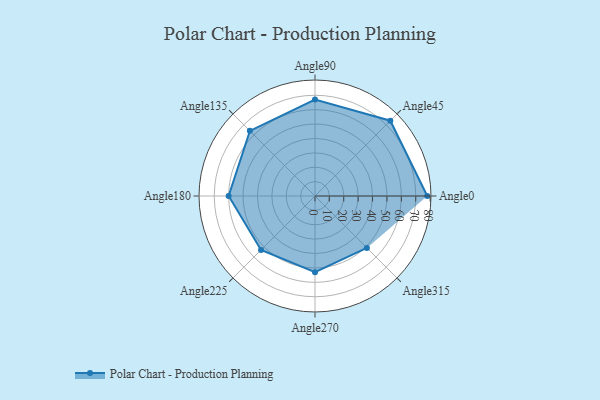
{"axis": {"x": "Angle", "y": "Radius"}, "legend": [""], "data": [{"x": "Angle0", "y": 78.0, "type": ""}, {"x": "Angle45", "y": 74.0, "type": ""}, {"x": "Angle90", "y": 67.0, "type": ""}, {"x": "Angle135", "y": 64.0, "type": ""}, {"x": "Angle180", "y": 60.0, "type": ""}, {"x": "Angle225", "y": 53.0, "type": ""}, {"x": "Angle270", "y": 53.0, "type": ""}, {"x": "Angle315", "y": 51.0, "type": ""}]}